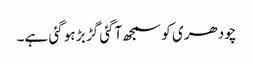
چودھری کو سمجھ آگئی گڑ بڑ ہو گئی ہے۔